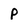
Character: p